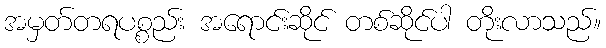
အမှတ်တရပစ္စည်း အရောင်းဆိုင် တစ်ဆိုင်ပါ တိုးလာသည်။